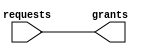
//#############################################################################
//# Function: Statically configured arbiter                                   #
//#############################################################################
//# Author:   Andreas Olofsson                                                #
//# License:  MIT (see LICENSE file in OH! repository)                        #
//#############################################################################

module oh_arbiter
  #( parameter N    = 1,
     parameter TYPE = "FIXED" // or ROUNDROBIN, FAIR
     )
   (
    input [N-1:0]  requests, //request vector
    output [N-1:0] grants    //grant (one hot)
    );

   wire [N-1:0]   waitmask;
   genvar 	  j;
   generate
      if(TYPE=="FIXED")
	begin : arbiter_fixed
	   assign waitmask[0]   = 1'b0;
	   for (j=N-1; j>=1; j=j-1)
	     begin : gen_arbiter
		assign waitmask[j] = |requests[j-1:0];
	     end
	end
   endgenerate

   //grant circuit
   assign grants[N-1:0] = requests[N-1:0] & ~waitmask[N-1:0];

endmodule // oh_arbiter